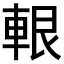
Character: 𨋨